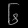
Digit: ၆